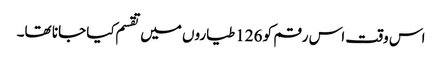
اس وقت اس رقم کو 126 طیاروں میں تقسم کیا جانا تھا۔